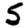
Digit: 5